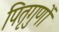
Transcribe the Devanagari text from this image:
पितृगुणों